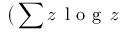
\big ( \sum z \, \mathrm { ~ l ~ o ~ g ~ } \, z